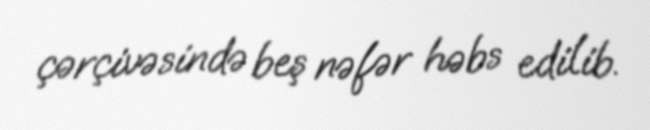
çərçivəsində beş nəfər həbs edilib.